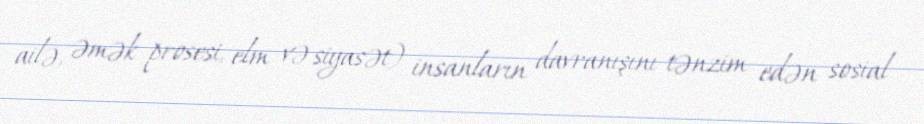
ailə, əmək prosesi, elm və siyasət) insanların davranışını tənzim edən sosial